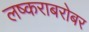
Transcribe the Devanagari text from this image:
लष्कराबरोबर